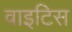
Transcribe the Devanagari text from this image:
वाइटिस